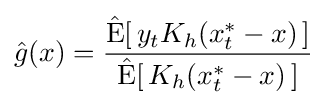
{\hat {g}}(x)={\frac {{\hat {\operatorname {E} }}[\,y_{t}K_{h}(x_{t}^{*}-x)\,]}{{\hat {\operatorname {E} }}[\,K_{h}(x_{t}^{*}-x)\,]}}